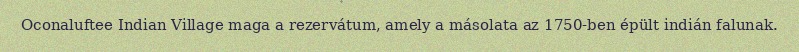
Oconaluftee Indian Village maga a rezervátum, amely a másolata az 1750-ben épült indián falunak.